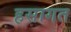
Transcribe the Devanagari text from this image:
हसागत